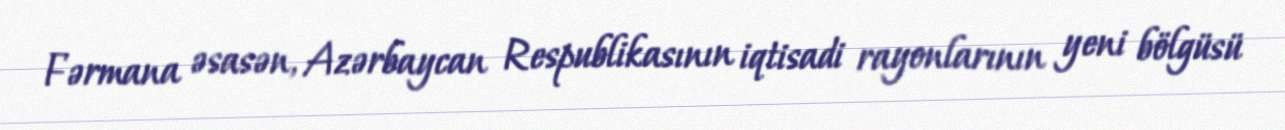
Fərmana əsasən, Azərbaycan Respublikasının iqtisadi rayonlarının yeni bölgüsü